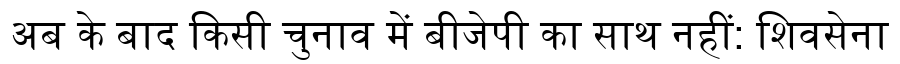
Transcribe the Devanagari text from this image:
अब के बाद किसी चुनाव में बीजेपी का साथ नहीं: शिवसेना